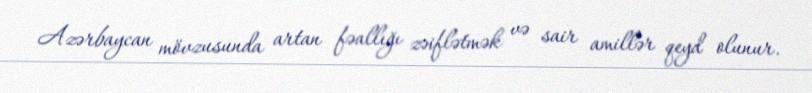
Azərbaycan mövzusunda artan fəallığı zəiflətmək və sair amillər qeyd olunur.